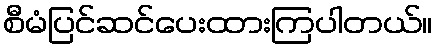
စီမံပြင်ဆင်ပေးထားကြပါတယ်။